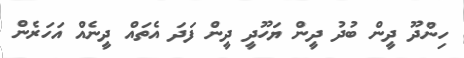
ހިންދޫ ދީން ބުދު ދީން ޔަހޫދީ ދީން ފަދަ އެތައް ދީނެއް އަހަރެން